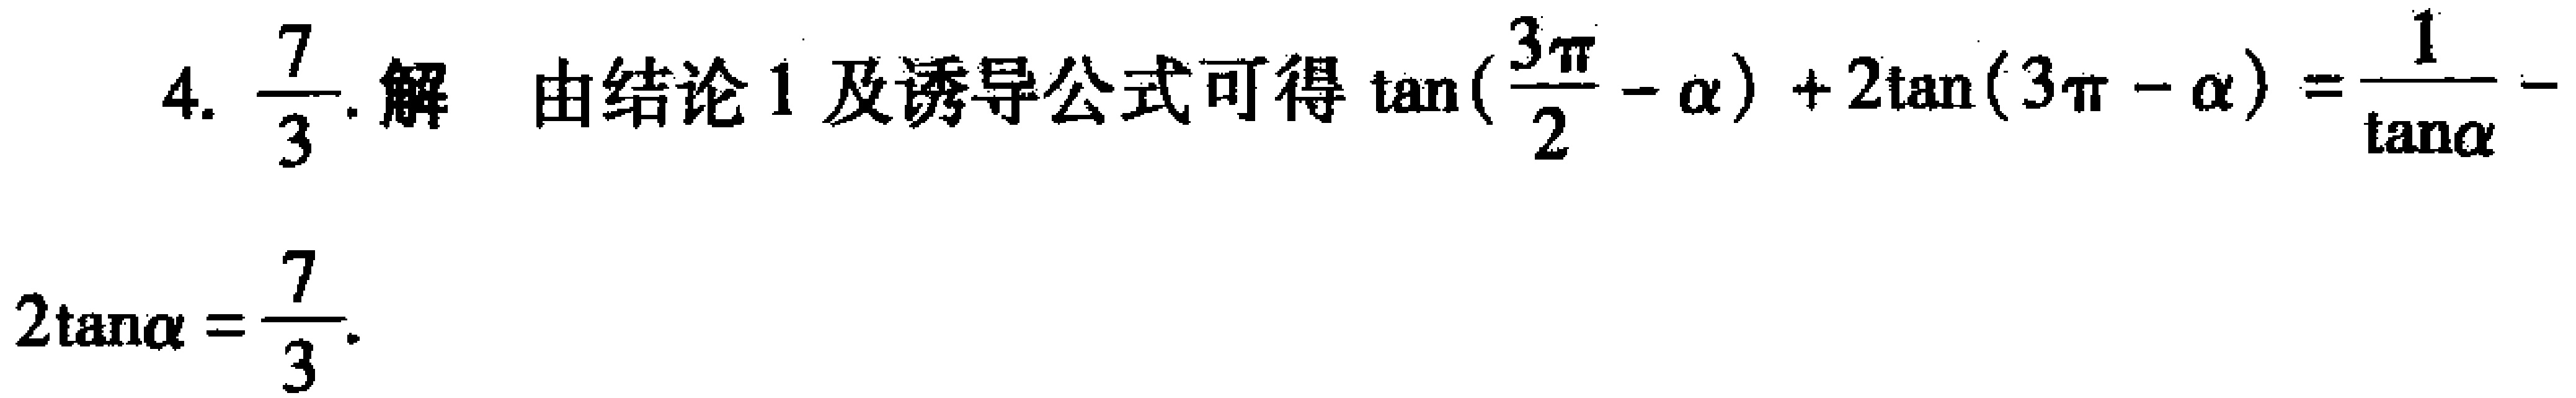
4. $\frac{7}{3}$. 解 由结论 1 及诱导公式可得$\tan(\frac{3\pi}{2}-\alpha)+2\tan(3\pi - \alpha)=\frac{1}{\tan\alpha}-$

$2\tan\alpha=\frac{7}{3}$.